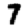
Digit: 7